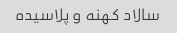
سالاد کهنه و پلاسیده